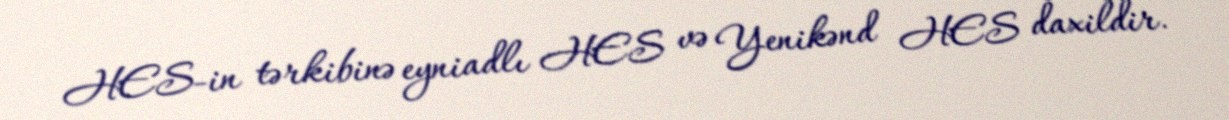
HES-in tərkibinə eyniadlı HES və Yenikənd HES daxildir.